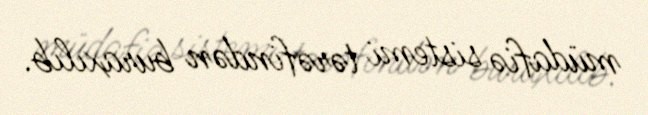
müdafiə sistemi tərəfindən buraxılıb.